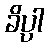
ခိပ္ပါ